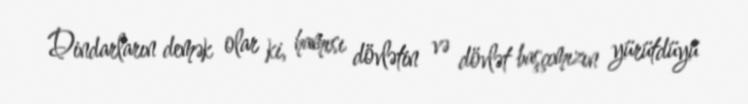
Dindarların demək olar ki, hamısı dövlətin və dövlət başçımızın yürütdüyü